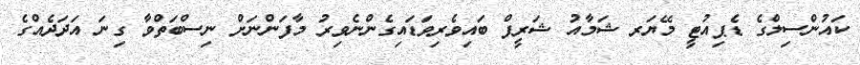
ކައުންސިލްގެ ޑެޕިއުޓީ މޭޔަރ ޝަމާއު ޝަރީފް ބައިވެރިވަޑައިގެންނެވިރު މާފަންނަށް ނިސްބަތްވާ ގިނަ އަދަދެއްގެ